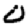
Digit: 0